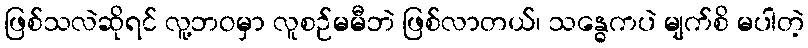
ဖြစ်သလဲဆိုရင် လူ့ဘဝမှာ လူစဉ်မမီဘဲ ဖြစ်လာတယ်၊ သန္ဓေကပဲ မျက်စိ မပါတဲ့